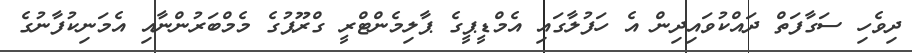
ދިވެހި ސަގާފަތް ދައްކުވައިދިން އެ ހަފުލާގައި އެމްޑީޕީގެ ޕާލިމެންޓްރީ ގްރޫޕުގެ މެމްބަރުންނާއި އެމަނިކުފާނުގެ